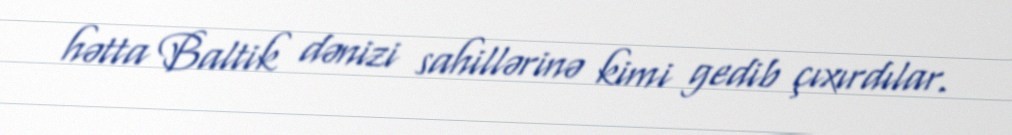
hətta Baltik dənizi sahillərinə kimi gedib çıxırdılar.